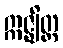
ဣဇ္ဈိတ္ထ